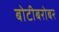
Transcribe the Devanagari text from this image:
बोटीबरोबर